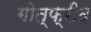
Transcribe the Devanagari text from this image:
गोत्फ्रीद